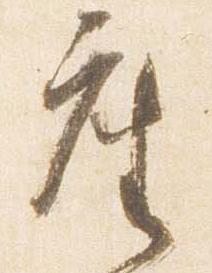
座